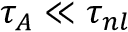
\tau _ { A } \ll \tau _ { n l }